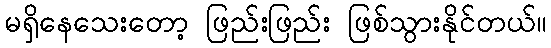
မရှိနေသေးတော့ ဖြည်းဖြည်း ဖြစ်သွားနိုင်တယ်။